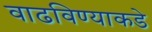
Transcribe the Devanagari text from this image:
वाढविण्याकडे